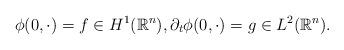
LaTeX: \begin{align*} \phi(0,\cdot) = f \in H^1({\mathbb R}^n), \partial_t \phi (0, \cdot) = g \in L^2({\mathbb R}^n).\end{align*}